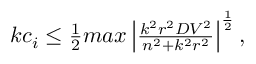
\begin{array} { r } { k c _ { i } \leq \frac { 1 } { 2 } m a x \left| \frac { k ^ { 2 } r ^ { 2 } D V ^ { 2 } } { n ^ { 2 } + k ^ { 2 } r ^ { 2 } } \right| ^ { \frac { 1 } { 2 } } , } \end{array}